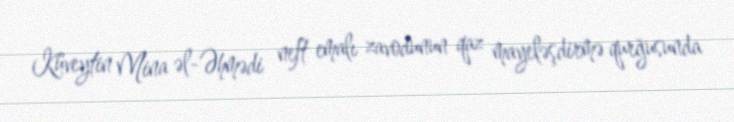
Küveytin Mina əl-Əhmədi neft emalı zavodunun qaz mayeləşdirmə qurğusunda